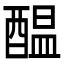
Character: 醖